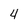
Character: 4